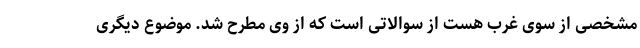
مشخصی از سوی غرب هست از سوالاتی است که از وی مطرح شد. موضوع دیگری